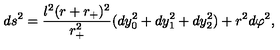
d s ^ { 2 } = \frac { l ^ { 2 } ( r + r _ { + } ) ^ { 2 } } { r _ { + } ^ { 2 } } ( d y _ { 0 } ^ { 2 } + d y _ { 1 } ^ { 2 } + d y _ { 2 } ^ { 2 } ) + r ^ { 2 } d \varphi ^ { 2 } ,